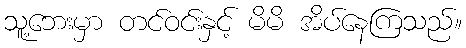
သူ့ဘေးမှာ တင်ဝင်းနှင့် မိမိ အိပ်နေကြသည်။